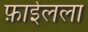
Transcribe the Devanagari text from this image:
फ़ाईलला